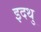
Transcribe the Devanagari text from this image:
इदथु